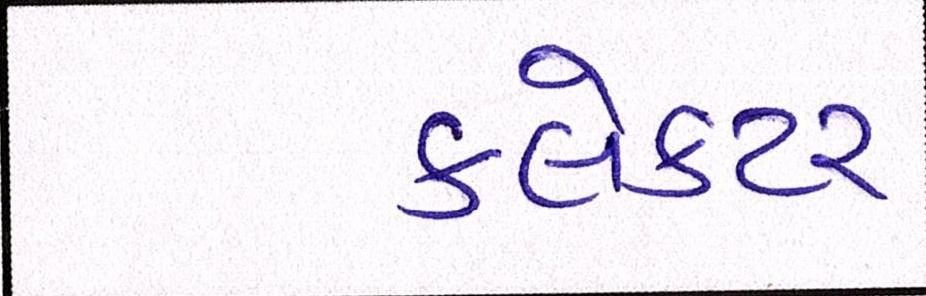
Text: ક્લેક્ટર